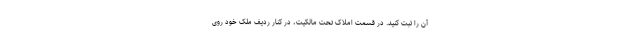
آن را ثبت کنید. در قسمت املاک تحت مالکیت، در کنار ردیف ملک خود روی